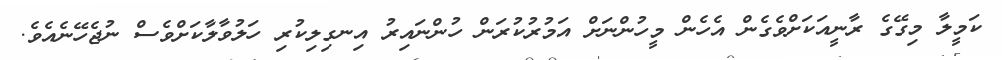
ކަމީލާ މިގޭގެ ރާނީއަކަށްވެގެން އެހެން މީހުންނަށް އަމުރުކުރަން ހުންނައިރު އިނގިލިކުރި ހަލުވާލާކަށްވެސް ނުޖެހޭނެއެވެ.